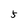
Character: 5